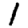
Digit: 1